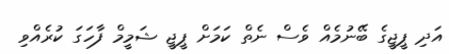
އަދި ޕީޖީގެ ބޭނުމެއް ވެސް ނެތް ކަމަށް ޕީޖީ ޝަމީމް ފާހަގަ ކުރެއްވި